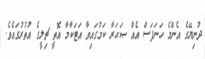
ދުނިޔޭގެ އެންމެ ހަނަފަސް އެއް ޞަޙަރާ ކަމުގައިވާ އަޓަކާމާ އޮތީ ޗިލީގެ އުތުރުގައެވެ.